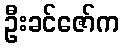
ဦးခင်ဇော်က